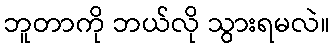
ဘူတာကို ဘယ်လို သွားရမလဲ။